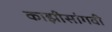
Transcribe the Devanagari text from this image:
काझीसांगवी